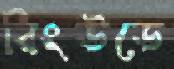
রিংউডে